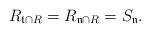
LaTeX: \begin{align*} R_{\mathfrak{t} \cap R} = R_{\mathfrak{n} \cap R} = S_{\mathfrak{n}}.\end{align*}